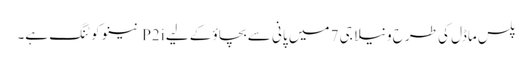
پلس ماڈل کی طرح ونیلا جی 7 میں پانی سے بچاؤ کے لیے P2i نینو کوٹنگ ہے۔